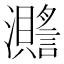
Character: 𤄧